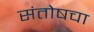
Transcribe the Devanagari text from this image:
संतोषचा